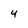
Character: 4